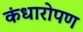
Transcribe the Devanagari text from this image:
कंधारोपण